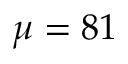
\mu = 8 1